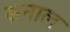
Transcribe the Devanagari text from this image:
सनाल